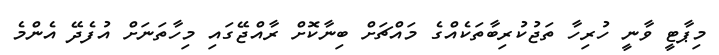
މިޕާޓީ ވާނީ ހުރިހާ ތަޖުކުރިބާތަކެއްގެ މައްޗަށް ބިނާކޮށް ރާއްޖޭގައި މިހާތަނަށް އުފެދޭ އެންމެ